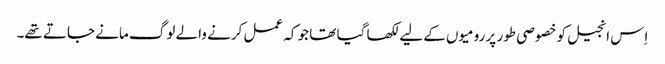
اِس انجیل کو خصوصی طور پر رومیوں کے لیے لکھا گیا تھا جو کہ عمل کرنے والے لوگ مانے جاتے تھے۔